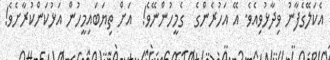
އެކަލޭގެފާނު ވިދާޅުވިއެވެ. އޭ އަހުރެންގެ  ގެމީހުންނޭވެ!  އަށް ތިޔަބައިމީހުން އަޅުކަންކުރާށެވެ!